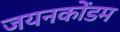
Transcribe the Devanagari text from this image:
जयनकोंडम